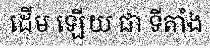
ដើម ឡើយ ជា ទីតាំង